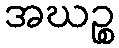
အဃဉ္စ